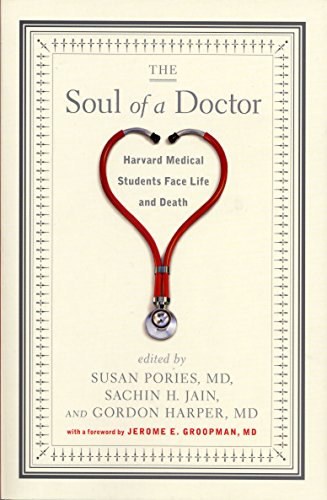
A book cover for The Soul of a Doctor: Harvard Medical Students Face Life and Death; Medical Books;